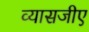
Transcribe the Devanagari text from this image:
व्यासजीए